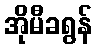
အိုမီခရွန်